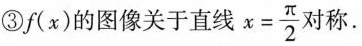
③f(x)的图像关于直线 $$x= \frac{\pi}{2}$$ 对称.